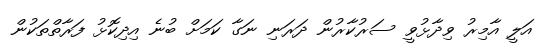
އަލީ އާމިރު ވިދާޅުވީ ސަރުކާރުން ދަރަނި ނަގާ ކަމަށް ބުނެ އިދިކޮޅު ފަރާތްތަކުން